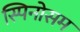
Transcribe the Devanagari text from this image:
स्पिनोसम